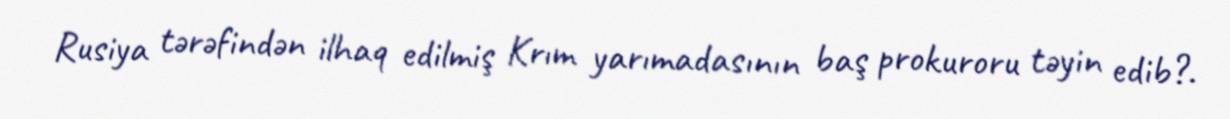
Rusiya tərəfindən ilhaq edilmiş Krım yarımadasının baş prokuroru təyin edib?.